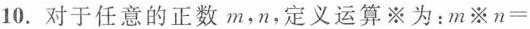
10.对于任意的正数m，n，定义运算※为：$$m※n=$$